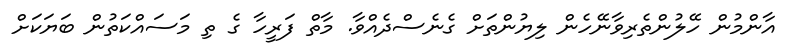
އާންމުން ހޭލުންތެރިވާނޭހެން ލިޔުންތަށް ގެނެސްދެއްވާ. މާތް ފަރީހާ ގެ ތި މަސައްކަތުން ބަޔަކަށް